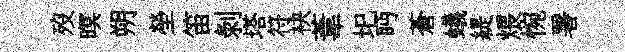
歿暝朔塋笛剥塔符袂葦圯眄蒼蟻緹煨惋署